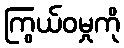
ကြွယ်ဝမှုကို